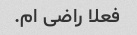
فعلا راضی ام.